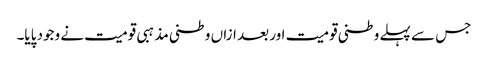
جس سے پہلے وطنی قومیت اور بعد ازاں وطنی مذہبی قومیت نے وجود پایا۔